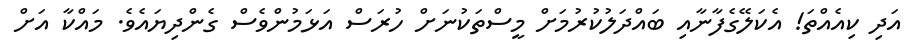
އަދި ކިއެއްތަ! އެކަލޭގެފާނާއި ބައްދަލުކުރުމަށް މީސްތަކުނަށް ހުރަސް އަޅަމުންވެސް ގެންދިޔައެވެ. މައްކާ އަށް